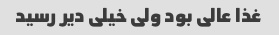
غذا عالی بود ولی خیلی دیر رسید